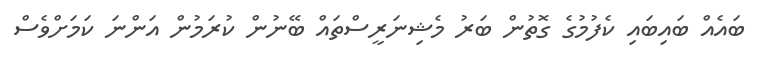
ބައެއް ބައިބައި ކެފުމުގެ ގޮތުން ބަރު މެޝިނަރީސްތައް ބޭނުން ކުރަމުން އަންނަ ކަމަށްވެސް